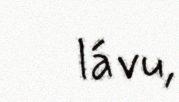
lávu,